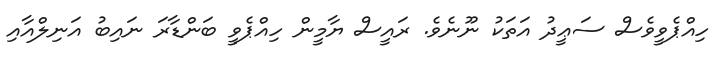
ހިއްޕެވީވެސް ސަޢީދު އަތަކު ނޫނެވެ. ރައީސް ޔާމީން ހިއްޕެވީ ބަންޑާރަ ނައިބު އަނިލްއާއި